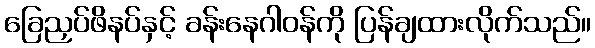
ခြေညှပ်ဖိနပ်နှင့် ခန်းနေဂါဝန်ကို ပြန်ချထားလိုက်သည်။